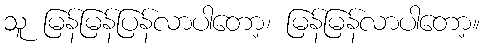
သူ မြန်မြန်ပြန်လာပါတော့၊ မြန်မြန်လာပါတော့။